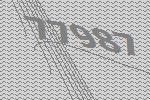
77987